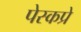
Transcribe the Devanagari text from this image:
पेस्कप्रे